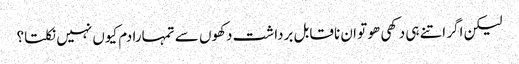
لیکن اگر اتنے ہی دکھی ھو تو ان ناقابل برداشت دکھوں سے تمہارا دم کیوں نہیں نکلتا؟